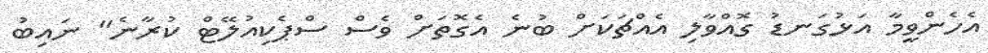
އެހެންވީމާ އަޅުގަނޑު ގޮއްވާލި އެއްޗަކަށް ބުނެ އެގޮތަށް ވެސް ސްޕެކިއުލޭޓް ކުރާނެ" ނައިބު